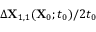
\Delta \mathbf { X } _ { 1 , 1 } ( \mathbf { X } _ { 0 } ; t _ { 0 } ) / 2 t _ { 0 }